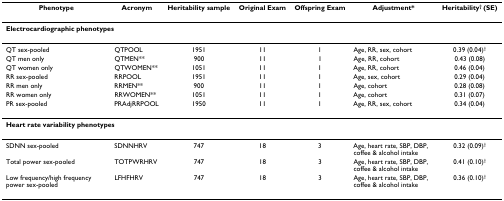
| Phenotype | Acronym | Heritability sample | Original Exam | Offspring Exam | Adjustment* | Heritability† (SE) |
 | --- | --- | --- | --- | --- | --- | --- |
 | <COLSPAN=7> Electrocardiographic phenotypes |
 | QT sex-pooled | QTPOOL | 1951 | 11 | 1 | Age, RR, sex, cohort | 0.39 (0.04)† |
 | QT men only | QTMEN** | 900 | 11 | 1 | Age, RR, cohort | 0.43 (0.08) |
 | QT women only | QTWOMEN** | 1051 | 11 | 1 | Age, RR, cohort | 0.46 (0.04) |
 | RR sex-pooled | RRPOOL | 1951 | 11 | 1 | Age, sex, cohort | 0.29 (0.04) |
 | RR men only | RRMEN** | 900 | 11 | 1 | Age, cohort | 0.28 (0.08) |
 | RR women only | RRWOMEN** | 1051 | 11 | 1 | Age, cohort | 0.31 (0.07) |
 | PR sex-pooled | PRAdjRRPOOL | 1950 | 11 | 1 | Age, RR, sex, cohort | 0.34 (0.04) |
 | <COLSPAN=7> Heart rate variability phenotypes |
 | SDNN sex-pooled | SDNNHRV | 747 | 18 | 3 | Age, heart rate, SBP, DBP, coffee & alcohol intake | 0.32 (0.09)† |
 | Total power sex-pooled | TOTPWRHRV | 747 | 18 | 3 | Age, heart rate, SBP, DBP, coffee & alcohol intake | 0.41 (0.10)† |
 | Low frequency/high frequency power sex-pooled | LFHFHRV | 747 | 18 | 3 | Age, heart rate, SBP, DBP, coffee & alcohol intake | 0.36 (0.10)† |